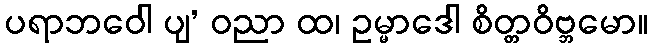
ပရာဘဝေါ ပျ’ ဝညာ ထ၊ ဥမ္မာဒေါ စိတ္တဝိဗ္ဘမော။